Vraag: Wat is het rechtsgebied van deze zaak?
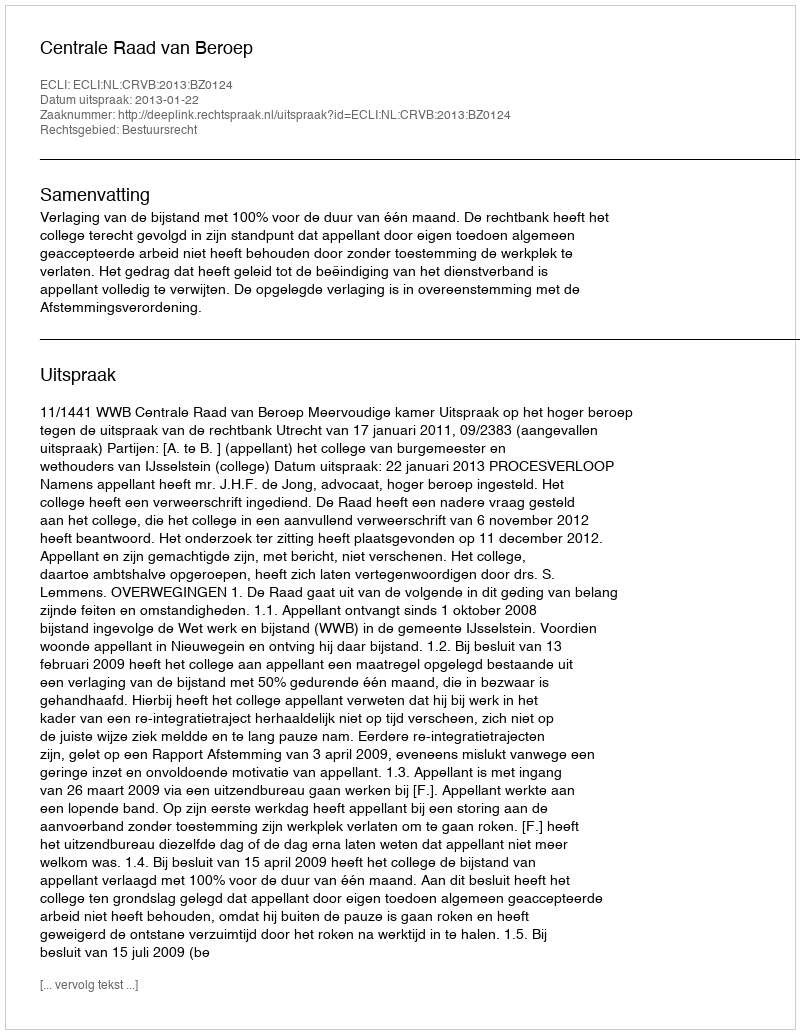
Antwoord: Bestuursrecht